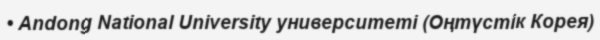
• Andong National University университеті (Оңтүстік Корея)